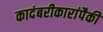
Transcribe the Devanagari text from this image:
कादंबरीकारांपैकी